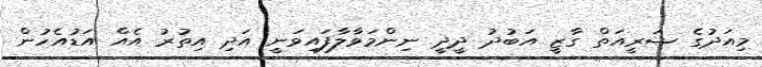
މިއަދުގެ ޝަރީއަތް ގާޒީ އަބުދު ދީދީ ނިންމަވާލާފައިވަނީ އަދި އިތުރު އެއް އަޑުއެހުން